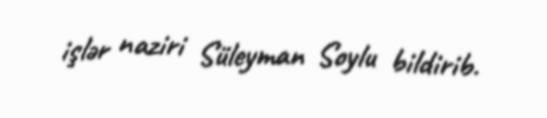
işlər naziri Süleyman Soylu bildirib.